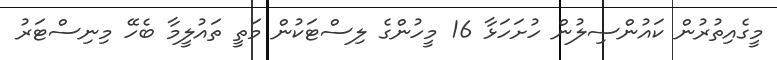
މީގެއިތުރުން ކައުންސިލުން ހުށަހަޅާ 16 މީހުންގެ ލިސްޓަކުން މަތީ ތައުލީމާ ބެހޭ މިނިސްޓަރު